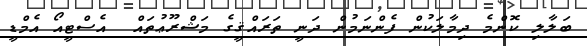
ބަލާލި ކޮންމެ ދިމާލަކުން ފެންނަމުން ދަނީ ތަރައްޤީގެ މަޝްރޫޢުތައް  އެސްޓީއޯ އެމްޑީ